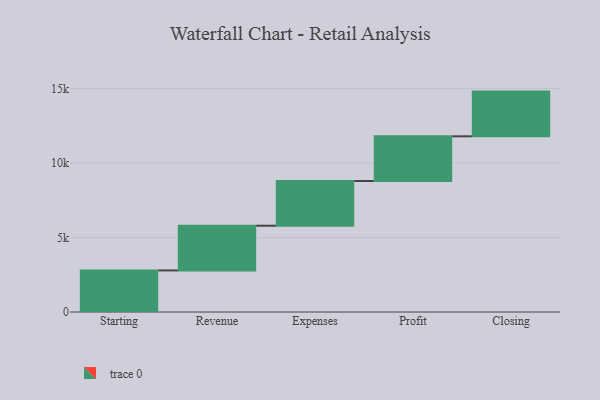
{"axis": {"x": "Step", "y": "Value"}, "legend": [""], "data": [{"x": "Starting", "y": 2790.0, "type": ""}, {"x": "Revenue", "y": 3000, "type": ""}, {"x": "Expenses", "y": 3000, "type": ""}, {"x": "Profit", "y": 3000, "type": ""}, {"x": "Closing", "y": 3000, "type": ""}]}